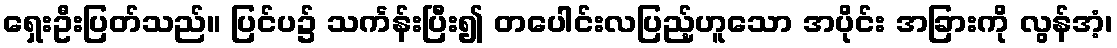
ရှေးဦးပြတ်သည်။ ပြင်ပ၌ သင်္ကန်းပြီး၍ တပေါင်းလပြည့်ဟူသော အပိုင်း အခြားကို လွန်အံ့၊